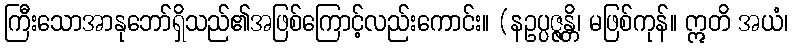
ကြီးသောအာနုဘော်ရှိသည်၏အဖြစ်ကြောင့်လည်းကောင်း။ (နဥပ္ပဇ္ဇန္တိ၊ မဖြစ်ကုန်။ ဣတိ အယံ၊